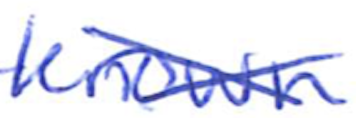
Text: known
Cross-out: cross
Writing tool: ballpoint